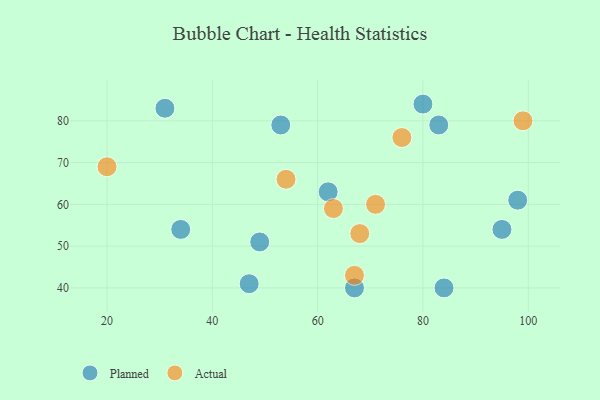
{"axis": {"x": "GDP", "y": "Life Expectancy"}, "legend": ["Actual", "Planned"], "data": [{"x": "67", "y": 40, "type": "Planned"}, {"x": "84", "y": 40, "type": "Planned"}, {"x": "47", "y": 41, "type": "Planned"}, {"x": "34", "y": 54, "type": "Planned"}, {"x": "49", "y": 51, "type": "Planned"}, {"x": "83", "y": 79, "type": "Planned"}, {"x": "62", "y": 63, "type": "Planned"}, {"x": "98", "y": 61, "type": "Planned"}, {"x": "80", "y": 84, "type": "Planned"}, {"x": "95", "y": 54, "type": "Planned"}, {"x": "53", "y": 79, "type": "Planned"}, {"x": "31", "y": 83, "type": "Planned"}, {"x": "54", "y": 66, "type": "Actual"}, {"x": "20", "y": 69, "type": "Actual"}, {"x": "68", "y": 53, "type": "Actual"}, {"x": "76", "y": 76, "type": "Actual"}, {"x": "71", "y": 60, "type": "Actual"}, {"x": "99", "y": 80, "type": "Actual"}, {"x": "67", "y": 43, "type": "Actual"}, {"x": "63", "y": 59, "type": "Actual"}]}